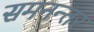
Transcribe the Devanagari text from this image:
समनन्तर